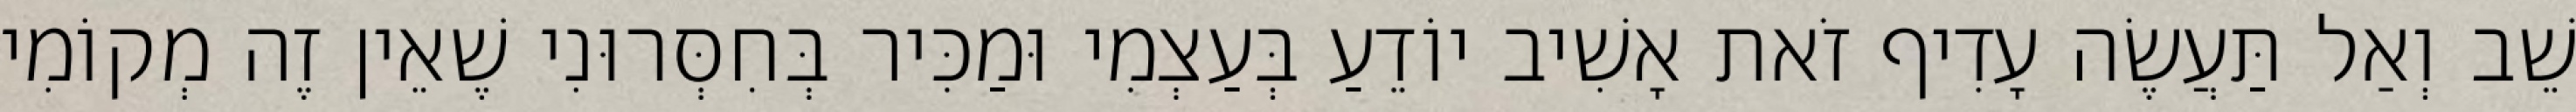
שֵׁב וְאַל תַּעֲשֶׂה עָדִיף זֹאת אָשִׁיב יוֹדֵעַ בְּעַצְמִי וּמַכִּיר בְּחִסְּרוּנִי שֶׁאֵין זֶה מְקוֹמִי